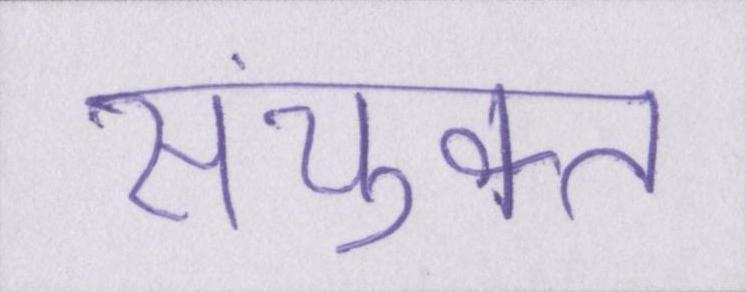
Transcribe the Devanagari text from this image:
संयुक्त